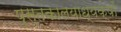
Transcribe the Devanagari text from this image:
पुस्तकालयाध्यक्षों